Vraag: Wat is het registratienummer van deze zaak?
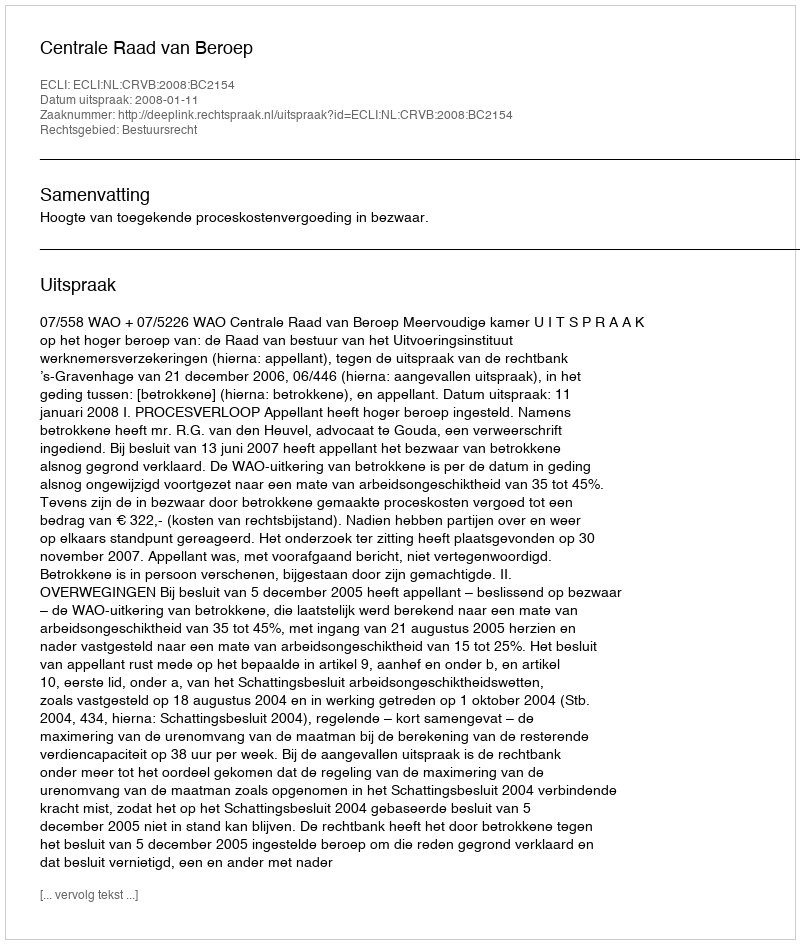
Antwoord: http://deeplink.rechtspraak.nl/uitspraak?id=ECLI:NL:CRVB:2008:BC2154